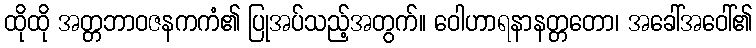
ထိုထို အတ္တဘာဝဇနကကံ၏ ပြုအပ်သည့်အတွက်။ ဝေါဟာရနာနတ္တတော၊ အခေါ်အဝေါ်၏